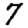
Digit: 7